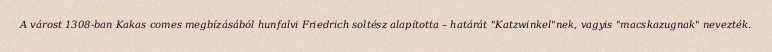
A várost 1308-ban Kakas comes megbízásából hunfalvi Friedrich soltész alapította – határát "Katzwinkel"nek, vagyis "macskazugnak" nevezték.